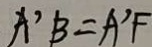
A ^ { \prime } B = A ^ { \prime } F